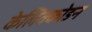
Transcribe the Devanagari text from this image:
केलिक्कोडन